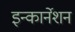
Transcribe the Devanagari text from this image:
इन्कार्नेशन